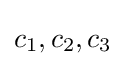
c_{1},c_{2},c_{3}